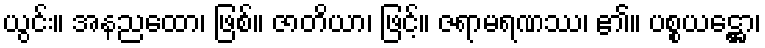
ယွင်း။ အနညထော၊ ဖြစ်။ ဇာတိယာ၊ ဖြင့်။ ဇရာမရဏဿ၊ ၏။ ပစ္စယဋ္ဌော၊